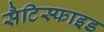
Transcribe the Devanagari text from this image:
सैटिस्फाइड